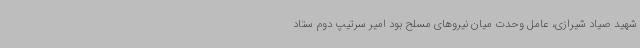
شهید صیاد شیرازی، عامل وحدت میان نیروهای مسلح بود امیر سرتیپ دوم ستاد